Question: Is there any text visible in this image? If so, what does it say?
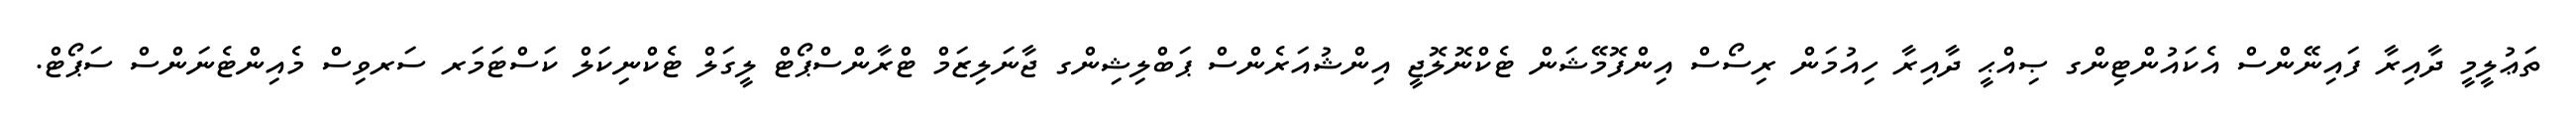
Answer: ތަޢުލީމީ ދާއިރާ ފައިނޭންސް އެކައުންޓިންގ ޞިއްޙީ ދާއިރާ ހިއުމަން ރިސޯސް އިންފޮމޭޝަން ޓެކްނޮލޮޖީ އިންޝުއަރެންސް ޕަބްލިޝިންގ ޖާނަލިޒަމް ޓްރާންސްޕޯޓް ލީގަލް ޓެކްނިކަލް ކަސްޓަމަރ ސަރވިސް މެއިންޓެނަންސް ސަޕޯޓް.